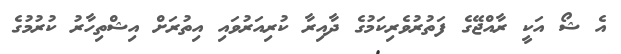
އެ ޝޯ އަކީ ރާއްޖޭގެ ފަތުރުވެރިކަމުގެ ދާއިރާ ކުރިއަރުވައި އިތުރަށް އިޝްތިހާރު ކުރުމުގެ